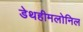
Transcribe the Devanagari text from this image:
डेथहीमलोनिल